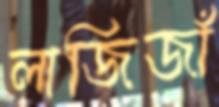
লাজিজাঁ